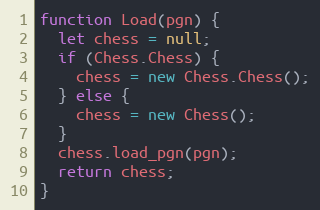
Language: JavaScript
function Load(pgn) {
  let chess = null;
  if (Chess.Chess) {
    chess = new Chess.Chess();
  } else {
    chess = new Chess();
  }
  chess.load_pgn(pgn);
  return chess;
}